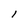
Character: l